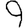
Digit: 9